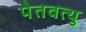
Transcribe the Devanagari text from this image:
पेतवत्थु